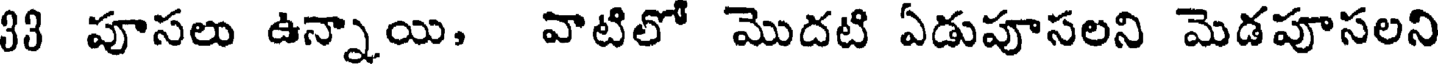
33 పూసలు ఉన్నాయి, వాటిలో మొదటి ఏడుపూసలని మెడపూసలని